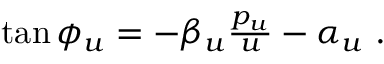
\begin{array} { r } { \tan { \phi _ { u } } = - \beta _ { u } \frac { p _ { u } } { u } - \alpha _ { u } \ . } \end{array}